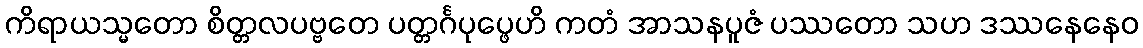
ကိရာယသ္မတော စိတ္တလပဗ္ဗတေ ပတ္တင်္ဂပုပ္ဖေဟိ ကတံ အာသနပူဇံ ပဿတော သဟ ဒဿနေနေဝ